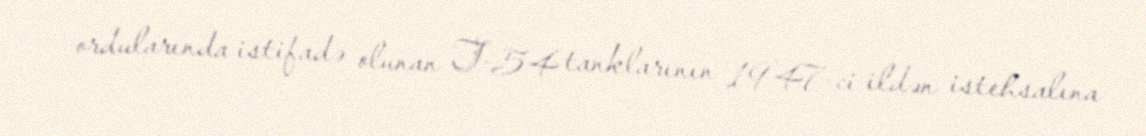
ordularında istifadə olunan T-54 tanklarının 1947-ci ildən istehsalına